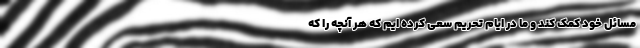
مسائل خود کمک کند و ما در ایام تحریم سعی کرده ایم که هر آنچه را که